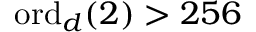
\mathrm { o r d } _ { d } ( 2 ) > 2 5 6